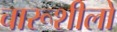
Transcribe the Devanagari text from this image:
चारूशीलो